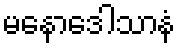
မနောဒေါသာနံ